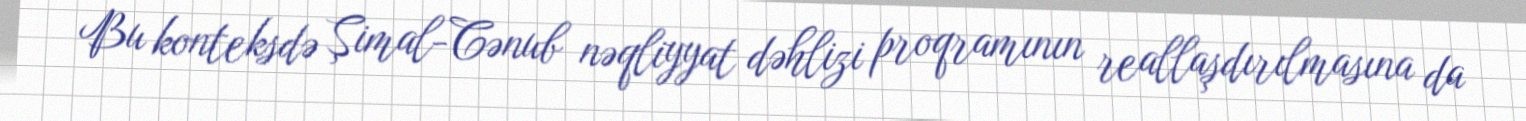
Bu konteksdə Şimal-Cənub nəqliyyat dəhlizi proqramının reallaşdırılmasına da